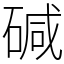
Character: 碱